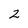
Character: 2